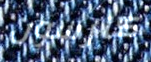
كارسون